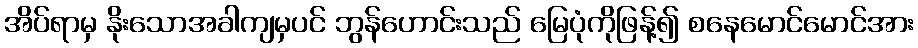
အိပ်ရာမှ နိုးသောအခါကျမှပင် ဘွန်ဟောင်းသည် မြေပုံကိုဖြန့်၍ စနေမောင်မောင်အား